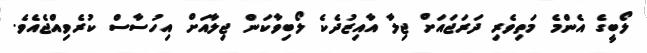
ލޯބީގެ އެންމެ މަތިވެރި ދަރަޖައަށް ޖިލާ އާއިޒުދެކެ ލޯބިވާކަން ޖިލާއަށް އިހުސާސް ކުރެވިއްޖެއެވެ.